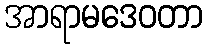
အာရာမဒေဝတာ